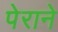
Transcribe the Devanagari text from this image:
पेराने